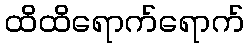
ထိထိရောက်ရောက်